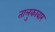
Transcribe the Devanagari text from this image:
तालुकावार